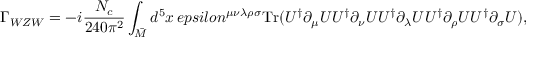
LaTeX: \Gamma _ { W Z W } = - i \frac { N _ { c } } { 2 4 0 \pi ^ { 2 } } \int _ { \bar { M } } d ^ { 5 } x \, e p s i l o n ^ { \mu \nu \lambda \rho \sigma } \mathrm { T r } ( U ^ { \dagger } \partial _ { \mu } U U ^ { \dagger } \partial _ { \nu } U U ^ { \dagger } \partial _ { \lambda } U U ^ { \dagger } \partial _ { \rho } U U ^ { \dagger } \partial _ { \sigma } U ) ,